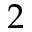
2